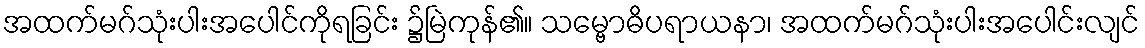
အထက်မဂ်သုံးပါးအပေါင်ကိုရခြင်း ၌မြဲကုန်၏။ သမ္ဗောဓိပရာယနာ၊ အထက်မဂ်သုံးပါးအပေါင်းလျင်